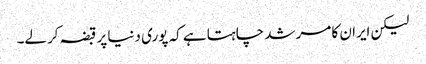
لیکن ایران کا مرشد چاہتا ہے کہ پوری دنیا پر قبضہ کرلے۔